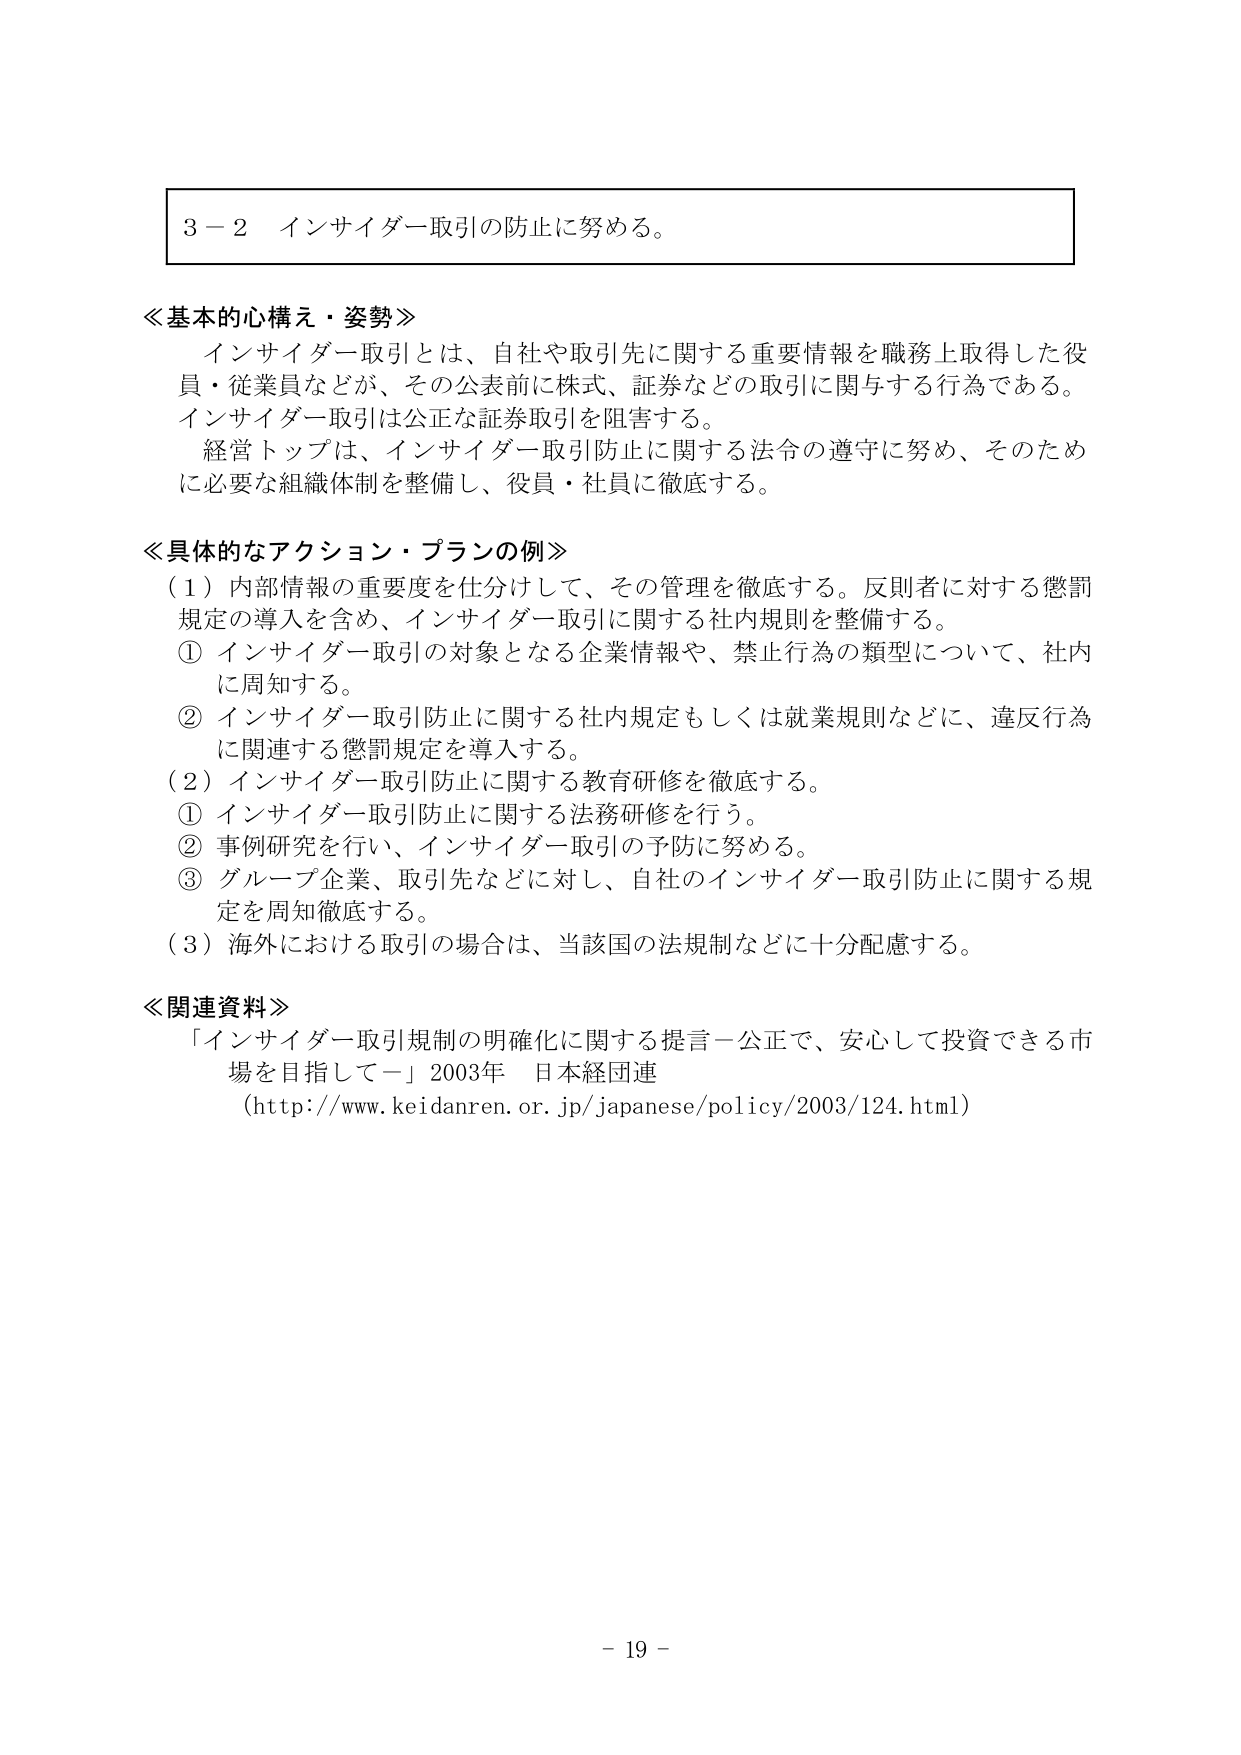
3－2 インサイダー取引の防止に努める。

≪基本的心構え・姿勢≫
インサイダー取引とは、自社や取引先に関する重要情報を職務上取得した役員・従業員などが、その公表前に株式、証券などの取引に関与する行為である。インサイダー取引は公正な証券取引を阻害する。
経営トップは、インサイダー取引防止に関する法令の遵守に努め、そのため に必要な組織体制を整備し、役員・社員に徹底する。

≪具体的なアクション・プランの例≫
（1）内部情報の重要度を仕分けして、その管理を徹底する。反則者に対する懲罰規定の導入を含め、インサイダー取引に関する社内規則を整備する。
① インサイダー取引の対象となる企業情報や、禁止行為の類型について、社内に周知する。
② インサイダー取引防止に関する社内規定もしくは就業規則などに、違反行為に関連する懲罰規定を導入する。
（2）インサイダー取引防止に関する教育研修を徹底する。
① インサイダー取引防止に関する法務研修を行う。
② 事例研究を行い、インサイダー取引の予防に努める。
③ グループ企業、取引先などに対し、自社のインサイダー取引防止に関する規定を周知徹底する。
（3）海外における取引の場合は、当該国の法規制などに十分配慮する。

≪関連資料≫
「インサイダー取引規制の明確化に関する提言－公正で、安心して投資できる市場を目指して－」2003年 日本経団連
（http://www.keidanren.or.jp/japanese/policy/2003/124.html）

－ 19 －